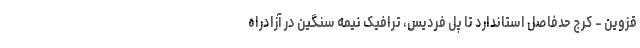
قزوین - کرج حدفاصل استاندارد تا پل فردیس، ترافیک نیمه سنگین در آزادراه